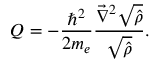
Q = - \frac { \hbar ^ { 2 } } { 2 m _ { e } } \frac { \vec { \nabla } ^ { 2 } \sqrt { \hat { \rho } } } { \sqrt { \hat { \rho } } } .